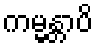
ကမ္မန္တာပိ